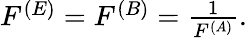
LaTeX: \begin{array}{r}{F^{(E)}=F^{(B)}=\frac{1}{F^{(A)}}.}\end{array}